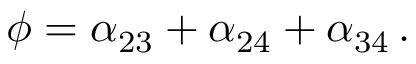
\phi = \alpha _ { 2 3 } + \alpha _ { 2 4 } + \alpha _ { 3 4 } \, .